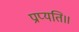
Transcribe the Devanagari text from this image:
प्राप्यति॥